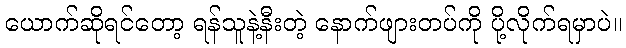
ယောက်ဆိုရင်တော့ ရန်သူနဲ့နီးတဲ့ နောက်ဖျားတပ်ကို ပို့လိုက်ရမှာပဲ။